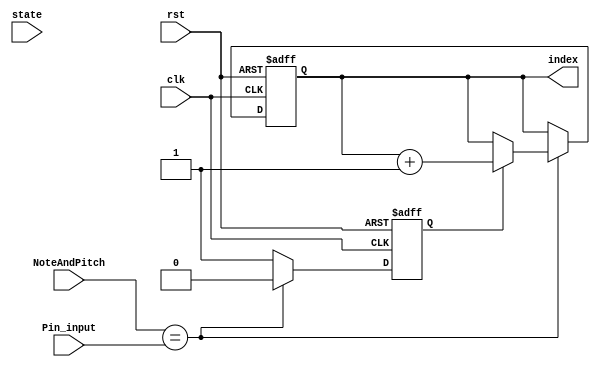
module Indexgiver_STUDY_MODE(
input [9:0] NoteAndPitch,
input [9:0] Pin_input,
input [1:0] state,
input clk,rst,
output reg [6:0] index
    );
 
reg index_flag;
always @(posedge clk)begin
//if(state== `LEARN_MODE)begin
//    index_flag <=1;
    
//end
end

//DBNT();
reg [0:27] Summ; 
   
always @(posedge clk or negedge rst) begin
      if (!rst) begin      //begin
       index <= 1;
       index_flag <= 1;
      end
      else if (NoteAndPitch == Pin_input) begin
           if (index_flag) begin
             index <= index + 1;
             index_flag <= 0;
           end
           else begin
             index <= index;
           end
       end
       else begin
           index_flag <= 1;
       end
end
endmodule